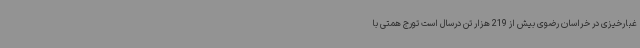
غبارخیزی در خراسان رضوی بیش از 219 هزار تن درسال است تورج همتی با